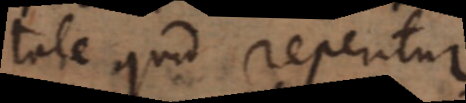
tale quid reperitur.